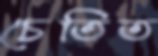
চেতিত